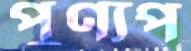
পুণ্যপ